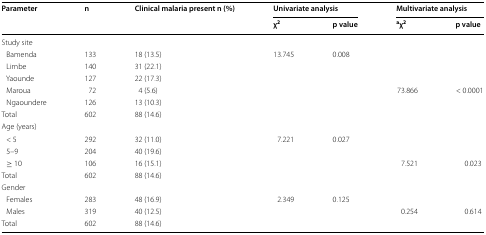
<table><thead><tr><td rowspan="2"><b>Parameter</b></td><td rowspan="2"><b>n</b></td><td rowspan="2"><b>Clinical malaria present n (%)</b></td><td colspan="2"><b>Univariate analysis</b></td><td colspan="2"><b>Multivariate analysis</b></td></tr><tr><td><b>χ<sup>2</sup></b></td><td><b>p value</b></td><td><b><sup>a</sup>χ<sup>2</sup></b></td><td><b>p value</b></td></tr></thead><tbody><tr><td colspan="7">Study site</td></tr><tr><td> Bamenda</td><td>133</td><td>18 (13.5)</td><td rowspan="6">13.745</td><td rowspan="6">0.008</td><td>[EMPTY_CELL]</td><td>[EMPTY_CELL]</td></tr><tr><td> Limbe</td><td>140</td><td>31 (22.1)</td><td>[EMPTY_CELL]</td><td>[EMPTY_CELL]</td></tr><tr><td> Yaounde</td><td>127</td><td>22 (17.3)</td><td>[EMPTY_CELL]</td><td>[EMPTY_CELL]</td></tr><tr><td> Maroua</td><td>72</td><td>4 (5.6)</td><td>73.866</td><td>&lt; 0.0001</td></tr><tr><td> Ngaoundere</td><td>126</td><td>13 (10.3)</td><td>[EMPTY_CELL]</td><td>[EMPTY_CELL]</td></tr><tr><td>Total</td><td>602</td><td>88 (14.6)</td><td>[EMPTY_CELL]</td><td>[EMPTY_CELL]</td></tr><tr><td colspan="7">Age (years)</td></tr><tr><td> &lt; 5</td><td>292</td><td>32 (11.0)</td><td rowspan="4">7.221</td><td rowspan="4">0.027</td><td>[EMPTY_CELL]</td><td>[EMPTY_CELL]</td></tr><tr><td> 5–9</td><td>204</td><td>40 (19.6)</td><td>[EMPTY_CELL]</td><td>[EMPTY_CELL]</td></tr><tr><td> ≥ 10</td><td>106</td><td>16 (15.1)</td><td>7.521</td><td>0.023</td></tr><tr><td>Total</td><td>602</td><td>88 (14.6)</td><td>[EMPTY_CELL]</td><td>[EMPTY_CELL]</td></tr><tr><td colspan="7">Gender</td></tr><tr><td> Females</td><td>283</td><td>48 (16.9)</td><td rowspan="3">2.349</td><td rowspan="3">0.125</td><td>[EMPTY_CELL]</td><td>[EMPTY_CELL]</td></tr><tr><td> Males</td><td>319</td><td>40 (12.5)</td><td>0.254</td><td>0.614</td></tr><tr><td>Total</td><td>602</td><td>88 (14.6)</td><td>[EMPTY_CELL]</td><td>[EMPTY_CELL]</td></tr></tbody></table>